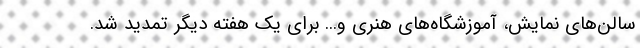
سالن‌های نمایش، آموزشگاه‌های هنری و... برای یک هفته دیگر تمدید شد.